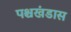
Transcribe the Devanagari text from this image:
पश्चखंडास